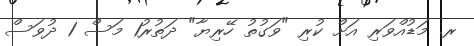
ރ. މަޑުއްވަރި އަށް ކުރި "ވަގުތު ހޭރިޔާ" ދަތުރު1 މަސް 1 ދުވަސް